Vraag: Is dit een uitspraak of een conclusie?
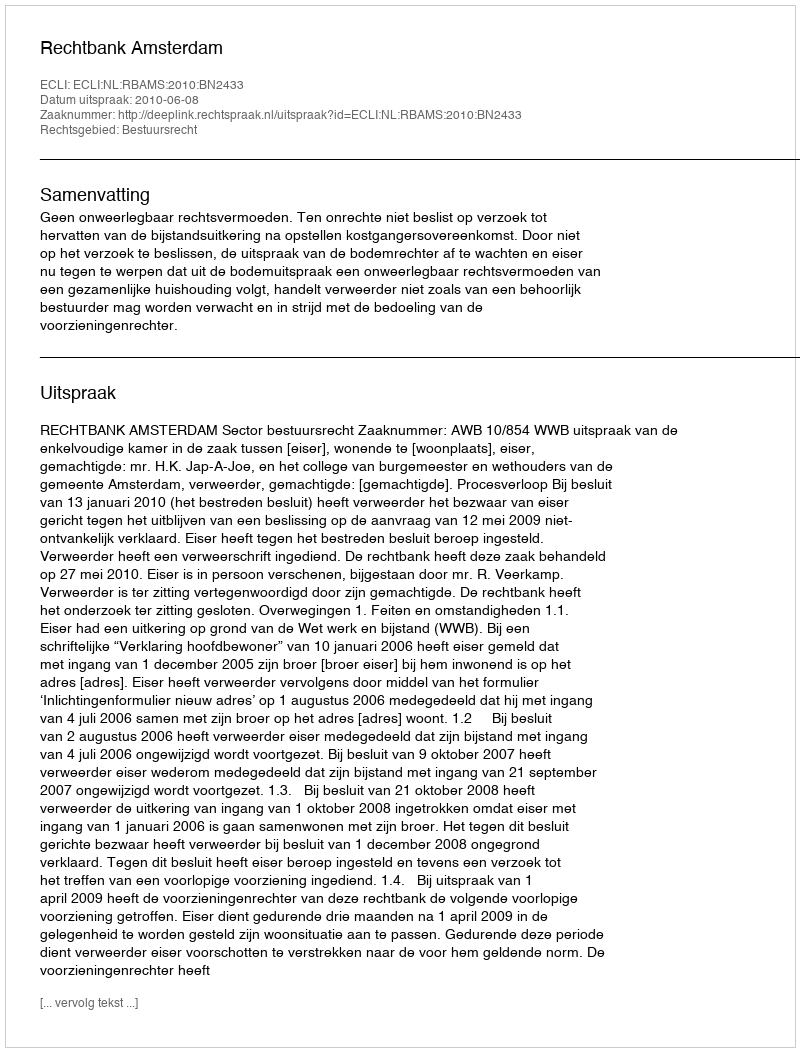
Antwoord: Uitspraak